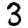
Digit: 3